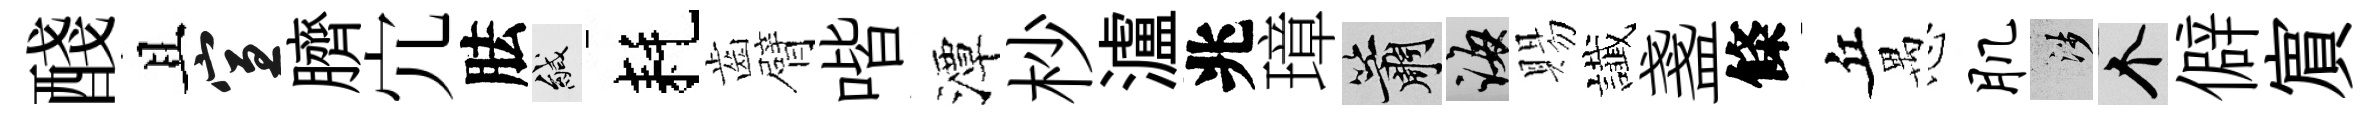
醆且宣臍宂胠緘耗齒臂喈潭杪瀘兆璋簫誨賜䜟盞條丘愚肌涉个僻賔